Vaccination report Assam 1896-1927 - 1896-1927
Year: 1896
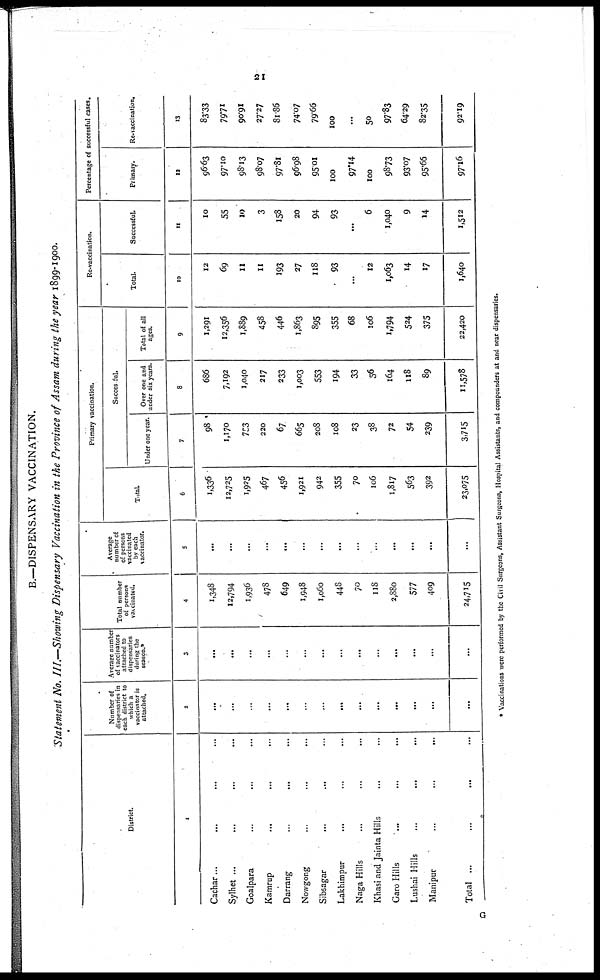
21
B.—DISPENSARY VACCINATION.
Statement No. III.—Showing Dispensary Vaccination in the Province of Assam during the year 1899-1900.
District.
1
Cachar... ... ...
Sylhet ... ... ...
Goalpara ... ... ...
Kamrup ... ... ...
Darrang
...
... ...
Nowgong
...
...
...
Sibsagar ... ... ...
Lakhimpur ... ... ...
Naga Hills ... ... ...
Khasi and Jainta Hills ... ... ...
Garo Hills ... ... ...
Lushai Hills ... ... ...
Manipur ... ... ...
Total ... ... ...
Number of
dispensaries in
each district to
which a
vaccinator is
attached.
2
...
...
...
...
...
...
...
...
...
...
...
...
...
...
Average number
of vaccinators
attached to
dispensaries
daring the
season.*
3
...
...
...
...
...
...
...
...
...
...
...
...
...
...
Total number
of persons
vaccinated.
4
1,348
12,794
1,936
478
649
1,948
1,060
448
70
118
2,880
577
409
24,715
Average
number of
of persons
vaccinated
by each
vaccinator.
5
...
...
...
...
...
...
...
...
...
...
...
...
...
...
Primary vaccination.
Total.
6
1,336
12,725
1,925
467
456
1,921
942
355
70
106
1,817
563
392
23,075
Successful.
Under one year.
7
98
1,170
753
220
67
665
208
108
23
38
72
54
239
3,715
Over one and
under six years.
8
686
7,192
1,040
217
233
1,003
553
194
33
56
164
118
89
11,578
Total of all
ages.
9
1,291
12,356
1,889
458
446
1,863
895
355
68
106
1,794
524
375
22,420
Re-vaccination.
Total.
10
12
69
11
11
193
27
118
93
...
12
1,063
14
17
1,640
Successful.
11
10
55
10
3
158
20
94
93
...
6
1,040
9
14
1,512
Percentage of successful cases.
Primary.
12
96.63
97.10
98.13
98.07
97.81
96.98
95.01
100
97.14
100
98.73
93.07
95.66
97.16
Re-vaccination.
13
83.33
79.71
90.91
27.27
81.86
74.07
79.66
100
...
50
97.83
64.29
82.35
92.19
* Vaccinations were performed by the Civil Surgeons, Assistant Surgeons, Hospital Assistants, and compounders at and near dispensaries.
G